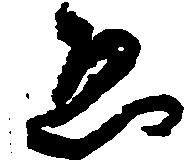
ゑ